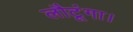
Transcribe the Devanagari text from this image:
लौटूंगा।